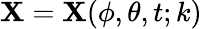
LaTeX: \mathbf{X}=\mathbf{X}(\phi,\theta,t;k)